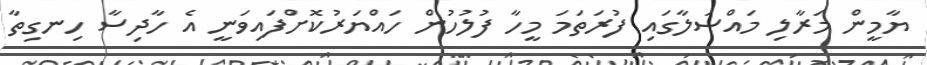
ޔާމީން މަރާލި މައްސަލާގައި ފުރަތަމަ މީހާ ފުލުހުން ހައްޔަރުކޮށްފައިވަނީ އެ ހާދިސާ ހިނގިތާ